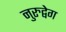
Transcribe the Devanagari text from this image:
नुरुद्वेग